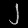
Digit: ၂